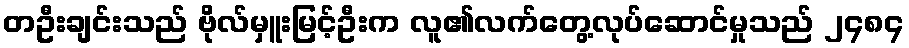
တဦးချင်းသည် ဗိုလ်မှူးမြင့်ဦးက လူ၏လက်တွေ့လုပ်ဆောင်မှုသည် ၂၄၈၄